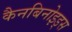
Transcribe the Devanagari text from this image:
कैनबिनोइड्स